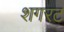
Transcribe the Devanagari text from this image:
शगरट